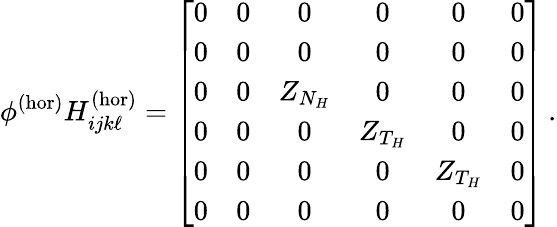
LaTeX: \phi^{(\mathrm{hor})}H_{ijk\ell}^{(\mathrm{hor})}=\left[\begin{array}{cccccc}{0}&{0}&{0}&{0}&{0}&{0}\\ {0}&{0}&{0}&{0}&{0}&{0}\\ {0}&{0}&{Z_{N_{H}}}&{0}&{0}&{0}\\ {0}&{0}&{0}&{Z_{T_{H}}}&{0}&{0}\\ {0}&{0}&{0}&{0}&{Z_{T_{H}}}&{0}\\ {0}&{0}&{0}&{0}&{0}&{0}\end{array}\right]\, .